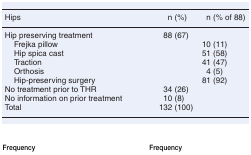
<table><thead><tr><td><b>Hips</b></td><td><b>n (%)</b></td><td><b>n (% of 88)</b></td></tr></thead><tbody><tr><td>Hip preserving treatment</td><td>88 (67)</td><td></td></tr><tr><td> Frejka pillow</td><td></td><td>10 (11)</td></tr><tr><td> Hip spica cast</td><td></td><td>51 (58)</td></tr><tr><td> Traction</td><td></td><td>41 (47)</td></tr><tr><td> Orthosis</td><td></td><td>4 (5)</td></tr><tr><td> Hip-preserving surgery</td><td></td><td>81 (92)</td></tr><tr><td>No treatment prior to THR</td><td>34 (26)</td><td></td></tr><tr><td>No information on prior treatment</td><td>10 (8)</td><td></td></tr><tr><td>Total</td><td>132 (100)</td><td></td></tr></tbody></table>